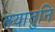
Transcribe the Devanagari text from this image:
तयातुनि